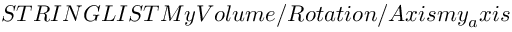
S T R I N G L I S T M y V o l u m e / R o t a t i o n / A x i s m y _ { a } x i s